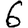
Digit: 6